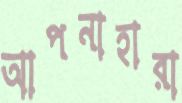
আপনাহারা